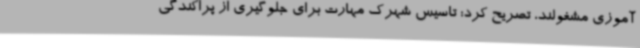
آموزی مشغولند، تصریح کرد: تاسیس شهرک مهارت برای جلوگیری از پراکندگی